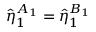
\hat { \eta } _ { 1 } ^ { A _ { 1 } } = \hat { \eta } _ { 1 } ^ { B _ { 1 } }